Report of the Indian Hemp Drugs Commission, 1894-1895 - Volume IV
Year: 1894
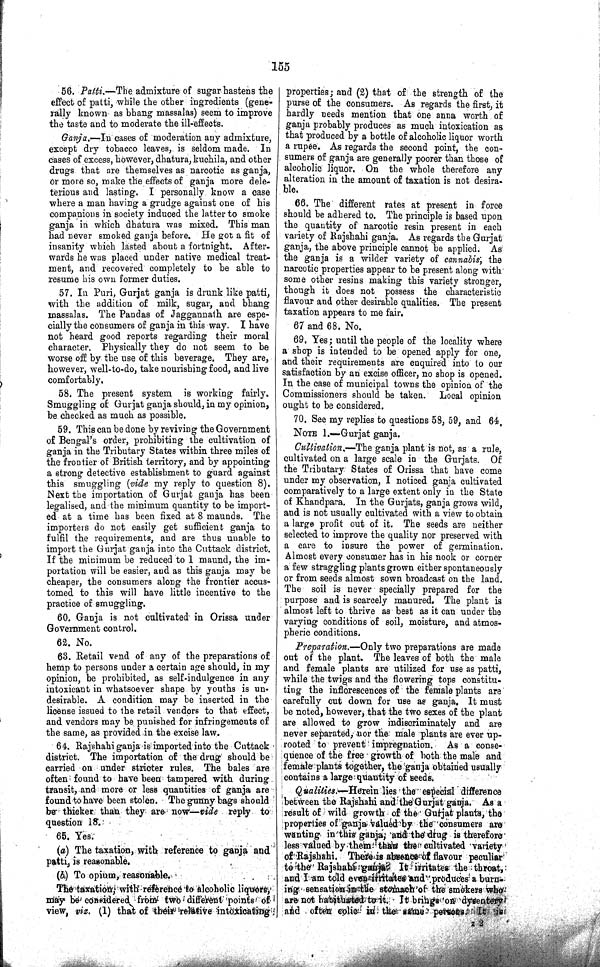
155
56. Patti.—The admixture of sugar hastens the
effect of patti, while the other ingredients (gene¬
rally known as bhang massalas) seem to improve
the taste and to moderate the ill-effects.
Ganja.—In cases of moderation any admixture,
except dry tobacco leaves, is seldom made. In
cases of excess, however, dhatura, kuchila, and other
drugs that are themselves as narcotic as ganja,
or more so, make the effects of ganja more dele-
terious and lasting. I personally know a case
where a man having a grudge against one of his
companions in society induced the latter to smoke
ganja in which dhatura was mixed. This man
had never smoked ganja before. He got a fit of
insanity which lasted about a fortnight. After-
wards he was placed under native medical treat¬
ment, and recovered completely to be able to
resume his own former duties.
57. In Puri, Gurjat ganja is drunk like patti,
with the addition of milk, sugar, and bhang
massalas. The Pandas of Jaggannath are espe¬
cially the consumers of ganja in this way. I have
not heard good reports regarding their moral
character. Physically they do not seem to be
worse off by the use of this beverage. They are,
however, well-to-do, take nourishing food, and live
comfortably.
58. The present system is working fairly.
Smuggling of Gurjat ganja should, in my opinion,
be checked as much as possible.
59. This can be done by reviving the Government
of Bengal's order, prohibiting the cultivation of
ganja in the Tributary States within three miles of
the frontier of British territory, and by appointing
a strong detective establishment to guard against
this smuggling (vide my reply to question 8).
Next the importation of Gurjat ganja has been
legalised, and the minimum quantity to be import¬
ed at a time has been fixed at 8 maunds. The
importers do not easily get sufficient ganja to
fulfil the requirements, and are thus unable to
import the Gurjat ganja into the Cuttack district.
If the minimum be reduced to 1 maund, the im¬
portation will be easier, and as this ganja may be
cheaper, the consumers along the frontier accus¬
tomed to this will have little incentive to the
practice of smuggling.
60. Ganja is not cultivated in Orissa under
Government control.
62. No.
63. Retail vend of any of the preparations of
hemp to persons under a certain age should, in my
opinion, be prohibited, as self-indulgence in any
intoxicant in whatsoever shape by youths is un¬
desirable. A condition may be inserted in the
license issued to the retail vendors to that effect,
and vendors may be punished for infringements of
the same, as provided in the excise law.
64. Rajshahi ganja is imported into the Cuttack
district. The importation of the drug should be
carried on under stricter rules. The bales are
often found to have been tampered with during
transit, and more or less quantities of ganja are
found to have been stolen. The gunny bags should
be thieker than they are now—vide reply to
question 18.
65. Yes.
(a) The taxation, with reference to ganja and
patti, is reasonable.
(b) To opium, reasonable.
The taxation, with reference to alcoholic liquors,
may be considered from two different points of
view, viz. (1) that of their relative intoxicating
properties; and (2) that of the strength of the
purse of the consumers. As regards the first, it
hardly needs mention that one anna worth of
ganja probably produces as much intoxication as
that produced by a bottle of alcoholic liquor worth
a rupee. As regards the second point, the con¬
sumers of ganja are generally poorer than those of
alcoholic liquor. On the whole therefore any
alteration in the amount of taxation is not desira¬
ble.
66. The different rates at present in force
should be adhered to. The principle is based upon
the quantity of narcotic resin present in each
variety of Rajshahi ganja. As regards the Gurjat
ganja, the above principle cannot be applied. As
the ganja is a wilder variety of cannabis, the
narcotic properties appear to be present along with
some other resins making this variety stronger,
though it does not possess the characteristic
flavour and other desirable qualities. The present
taxation appears to me fair.
67 and 68. No.
69. Yes; until the people of the locality where
a shop is intended to be opened apply for one,
and their requirements are enquired into to our
satisfaction by an excise officer, no shop is opened.
In the case of municipal towns the opinion of the
Commissioners should be taken. Local opinion
ought to be considered.
70. See my replies to questions 58, 59, and 64.
NOTE 1.—Gurjat ganja.
Cultivation.—The ganja plant is not, as a rule,
cultivated on a large scale in the Gurjats. Of
the Tributary States of Orissa that have come
under my observation, I noticed ganja cultivated
comparatively to a large extent only in the State
of Khandpara. In the Gurjats, ganja grows wild,
and is not usually cultivated with a view to obtain
a large profit out of it. The seeds are neither
selected to improve the quality nor preserved with
a care to insure the power of germination.
Almost every consumer has in his nook or corner
a few straggling plants grown either spontaneously
or from seeds almost sown broadcast on the land.
The soil is never specially prepared for the
purpose and is scarcely manured. The plant is
almost left to thrive as best as it can under the
varying conditions of soil, moisture, and atmos¬
pheric conditions,
Preparation.—Only two preparations are made
out of the plant. The leaves of both the male
and female plants are utilized for use as patti,
while the twigs and the flowering tops constitu¬
ting the inflorescences of the female plants are
carefully cut down for use as ganja. It must
be noted, however, that the two sexes of the plant
are allowed to grow indiscriminately and are
never separated, nor the male plants are ever up-
rooted to prevent impregnation. As a conse-
quence of the free growth of both the male and
female plants together, the ganja obtained usually
contains a large quantity of seeds.
Qualities.—Herein lies the especial difference
between the Rajshahi and the Gurjat ganja. As a
result of wild growth of the Gurjat plants, the
properties of ganja valued by the consumers are
wanting in this ganja, and the drug is therefore
less valued by them than the cultivated variety
of Rajshahi. There is absence of flavour peculiar
to the Rajshahi ganja. It irritates the throat,
and I am told even irritates and produces a burn¬
ing sensation in the stomach of the smokers who
are not habituated to it. It brings on dysentery
and often colic in the same persons. It is
z 2